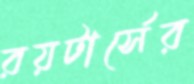
রয়টার্সের